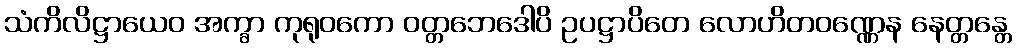
သံကိလိဋ္ဌာယေဝ အက္ခာ ကုရုဝကော ဝတ္တဘေဒေါပိ ဥပဋ္ဌာပိတေ လောဟိတဝဏ္ဏေန နေတ္တန္တေ